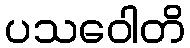
ပသဝေါတိ